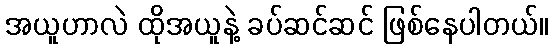
အယူဟာလဲ ထိုအယူနဲ့ ခပ်ဆင်ဆင် ဖြစ်နေပါတယ်။